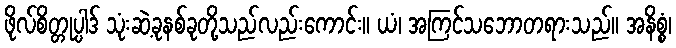
ဖိုလ်စိတ္တုပ္ပါဒ် သုံးဆဲ့ခုနစ်ခုတို့သည်လည်းကောင်း။ ယံ၊ အကြင်သဘောတရားသည်။ အနိစ္စံ၊